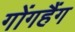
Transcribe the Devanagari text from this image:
गोंगहैंग